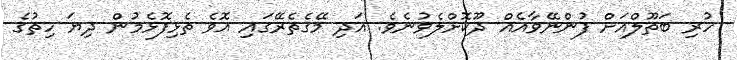
ހުރި ބަތޫލްއަށް ފުންނޭވާއެއް ދޫކޮށްލެވުނެވެ. އަދި މޭގެތެރޭގައި އޮވެ ތެޅިފޮޅެމުން ދިޔަ ހިތުގެ